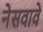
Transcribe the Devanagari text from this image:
नेसवावे